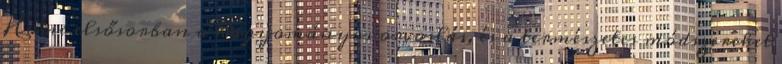
Home elsősorban a hagyományos orvoslás, és a természetes módszereket